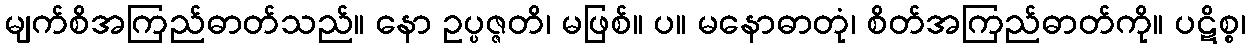
မျက်စိအကြည်ဓာတ်သည်။ နော ဥပ္ပဇ္ဇတိ၊ မဖြစ်။ ပ။ မနောဓာတုံ၊ စိတ်အကြည်ဓာတ်ကို။ ပဋိစ္စ၊